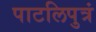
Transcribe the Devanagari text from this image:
पाटलिपुत्रं